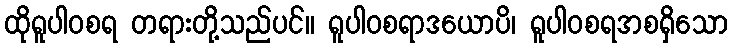
ထိုရူပါဝစရ တရားတို့သည်ပင်။ ရူပါဝစရာဒယောပိ၊ ရူပါဝစရအစရှိသော